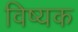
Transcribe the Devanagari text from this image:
विष्यक